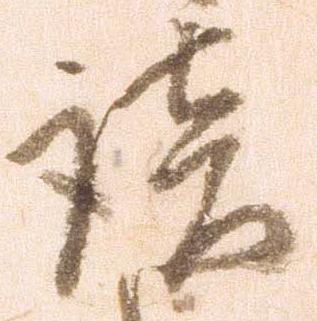
談